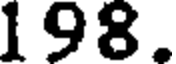
198.